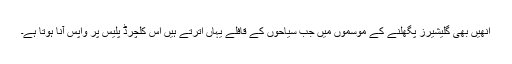
اُنھیں بھی گلیشیرز پگھلنے کے موسموں میں جب سیاحوں کے قافلے یہاں اُترتے ہیں اس کلچرڈ پلیس پر واپس آنا ہوتا ہے۔